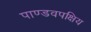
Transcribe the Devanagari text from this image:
पाण्डवपक्षिय